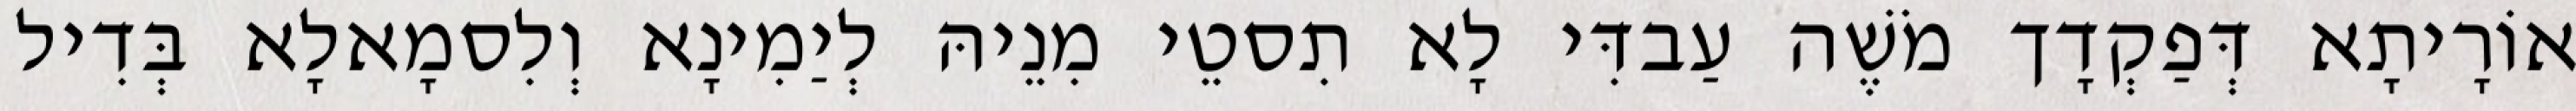
אוֹרָיתָא דְּפַקְדָך מֹשֶׁה עַבדִּי לָא תִסטֵי מִנֵיהּ לְיַמִינָא וְלִסמָאלָא בְּדִיל